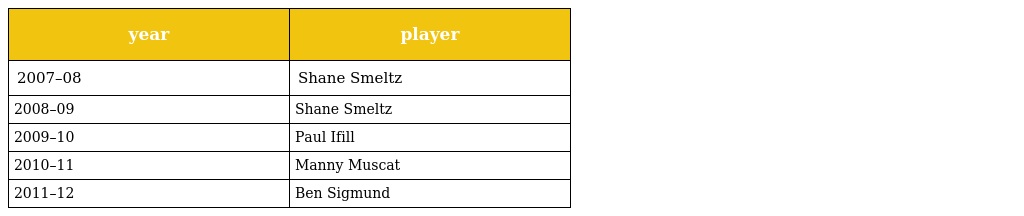
| year | player |
 | --- | --- |
 | 2007–08 | Shane Smeltz |
 | 2008–09 | Shane Smeltz |
 | 2009–10 | Paul Ifill |
 | 2010–11 | Manny Muscat |
 | 2011–12 | Ben Sigmund |